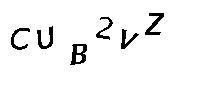
CUB2VZ